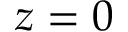
z = 0